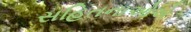
સહિતનાઓએ